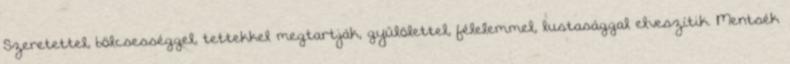
Szeretettel, bölcsességgel, tettekkel megtartják, gyűlölettel, félelemmel, lustasággal elveszítik. Mentsék